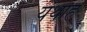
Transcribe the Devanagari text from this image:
यथाह